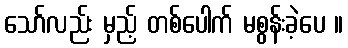
သော်လည်း မှည့် တစ်ပေါက် မစွန်းခဲ့ပေ ။